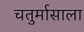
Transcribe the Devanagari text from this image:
चतुर्मासाला